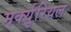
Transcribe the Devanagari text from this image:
मर्क्युरियल